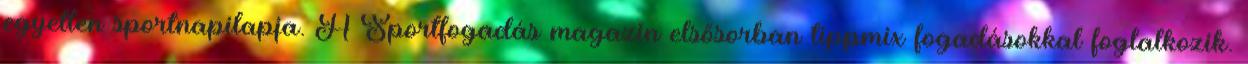
egyetlen sportnapilapja. A Sportfogadás magazin elsősorban tippmix fogadásokkal foglalkozik.